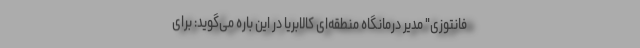
فانتوزی" مدیر درمانگاه منطقه‌ای کالابریا در این باره می‌گوید: برای